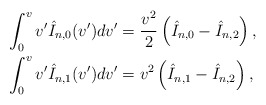
\begin{align*} \int_0^vv'\hat{I}_{n,0}(v')dv'&=\frac{v^2}{2}\left(\hat{I}_{n,0}-\hat{I}_{n,2}\right),\\ \int_0^vv'\hat{I}_{n,1}(v')dv'&=v^2\left(\hat{I}_{n,1}-\hat{I}_{n,2}\right),\end{align*}